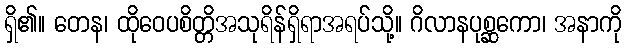
ရှိ၏။ တေန၊ ထိုဝေပစိတ္တိအသုရိန်ရှိရာအရပ်သို့။ ဂိလာနပုစ္ဆကော၊ အနာကို